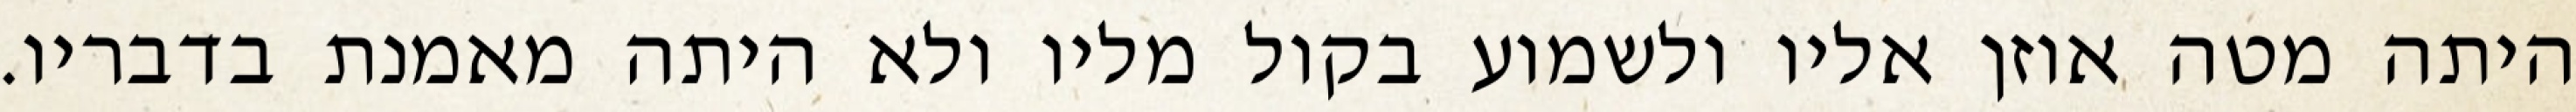
היתה מטה אוזן אליו ולשמוע בקול מליו ולא היתה מאמנת בדבריו.